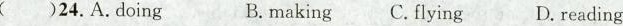
( )24.A.Doing B.making C. Flying D.reading